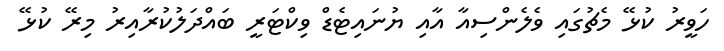
ހަވީރު ކުޅޭ މެޗުގައި ވެލެންސިއާ އާއި ޔުނައިޓެޑް ވިކްޓަރީ ބައްދަލުކުރާއިރު މިރޭ ކުޅޭ